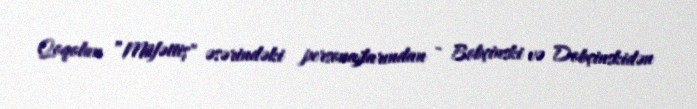
Qoqolun ”Müfəttiş" əsərindəki personajlarından - Bobçinski və Dobçinskidən